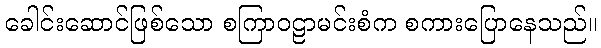
ခေါင်းဆောင်ဖြစ်သော စကြာဝဠာမင်းစံက စကားပြောနေသည်။